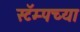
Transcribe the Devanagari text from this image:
स्टॅम्पच्या